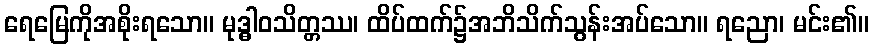
ရေမြေကိုအစိုးရသော။ မုဒ္ဓါဝသိတ္တဿ၊ ထိပ်ထက်၌အဘိသိက်သွန်းအပ်သော။ ရညော၊ မင်း၏။